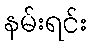
နမ်းရင်း